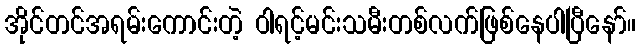
အိုင်တင်အရမ်းကောင်းတဲ့ ဝါရင့်မင်းသမီးတစ်လက်ဖြစ်နေပါပြီနော်။